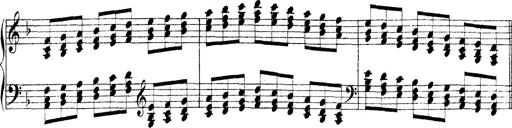
Title: Technische Studien
Composer: Franz Liszt